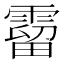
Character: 霤